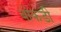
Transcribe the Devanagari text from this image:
बोकडी